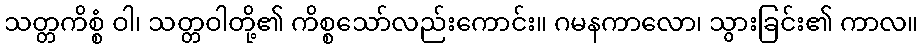
သတ္တကိစ္စံ ဝါ၊ သတ္တဝါတို့၏ ကိစ္စသော်လည်းကောင်း။ ဂမနကာလော၊ သွားခြင်း၏ ကာလ။